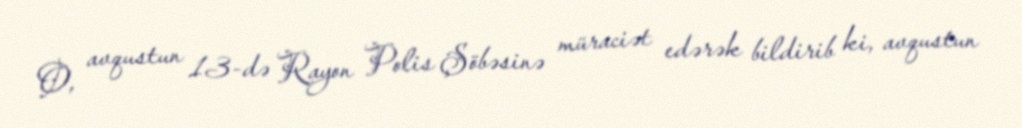
O, avqustun 13-də Rayon Polis Şöbəsinə müraciət edərək bildirib ki, avqustun